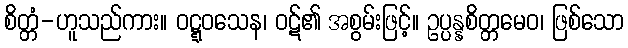
စိတ္တံ-ဟူသည်ကား။ ဝဋ္ဋဝသေန၊ ဝဋ်၏ အစွမ်းဖြင့်။ ဥပ္ပန္နစိတ္တမေဝ၊ ဖြစ်သော